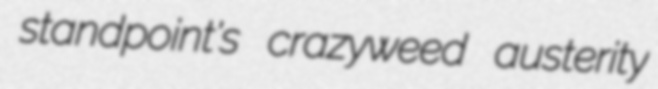
standpoint's crazyweed austerity